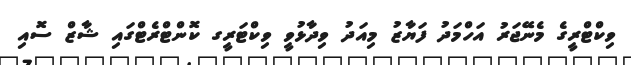
ވިކްޓްރީގެ މެނޭޖަރު އަހްމަދު ފަޔާޒު މިއަދު ވިދާޅުވީ ވިކްޓަރީގ ކޮންޓްރެޓްގައި ޝާޒް ސޮއި